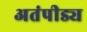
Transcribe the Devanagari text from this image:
अतंपीड्य